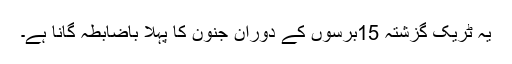
یہ ٹریک گزشتہ 15برسوں کے دوران جنون کا پہلا باضابطہ گانا ہے۔